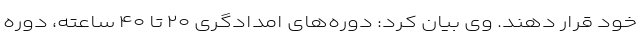
خود قرار دهند. وی بیان کرد: دوره‌های امدادگری ۲۰ تا ۴۰ ساعته، دوره